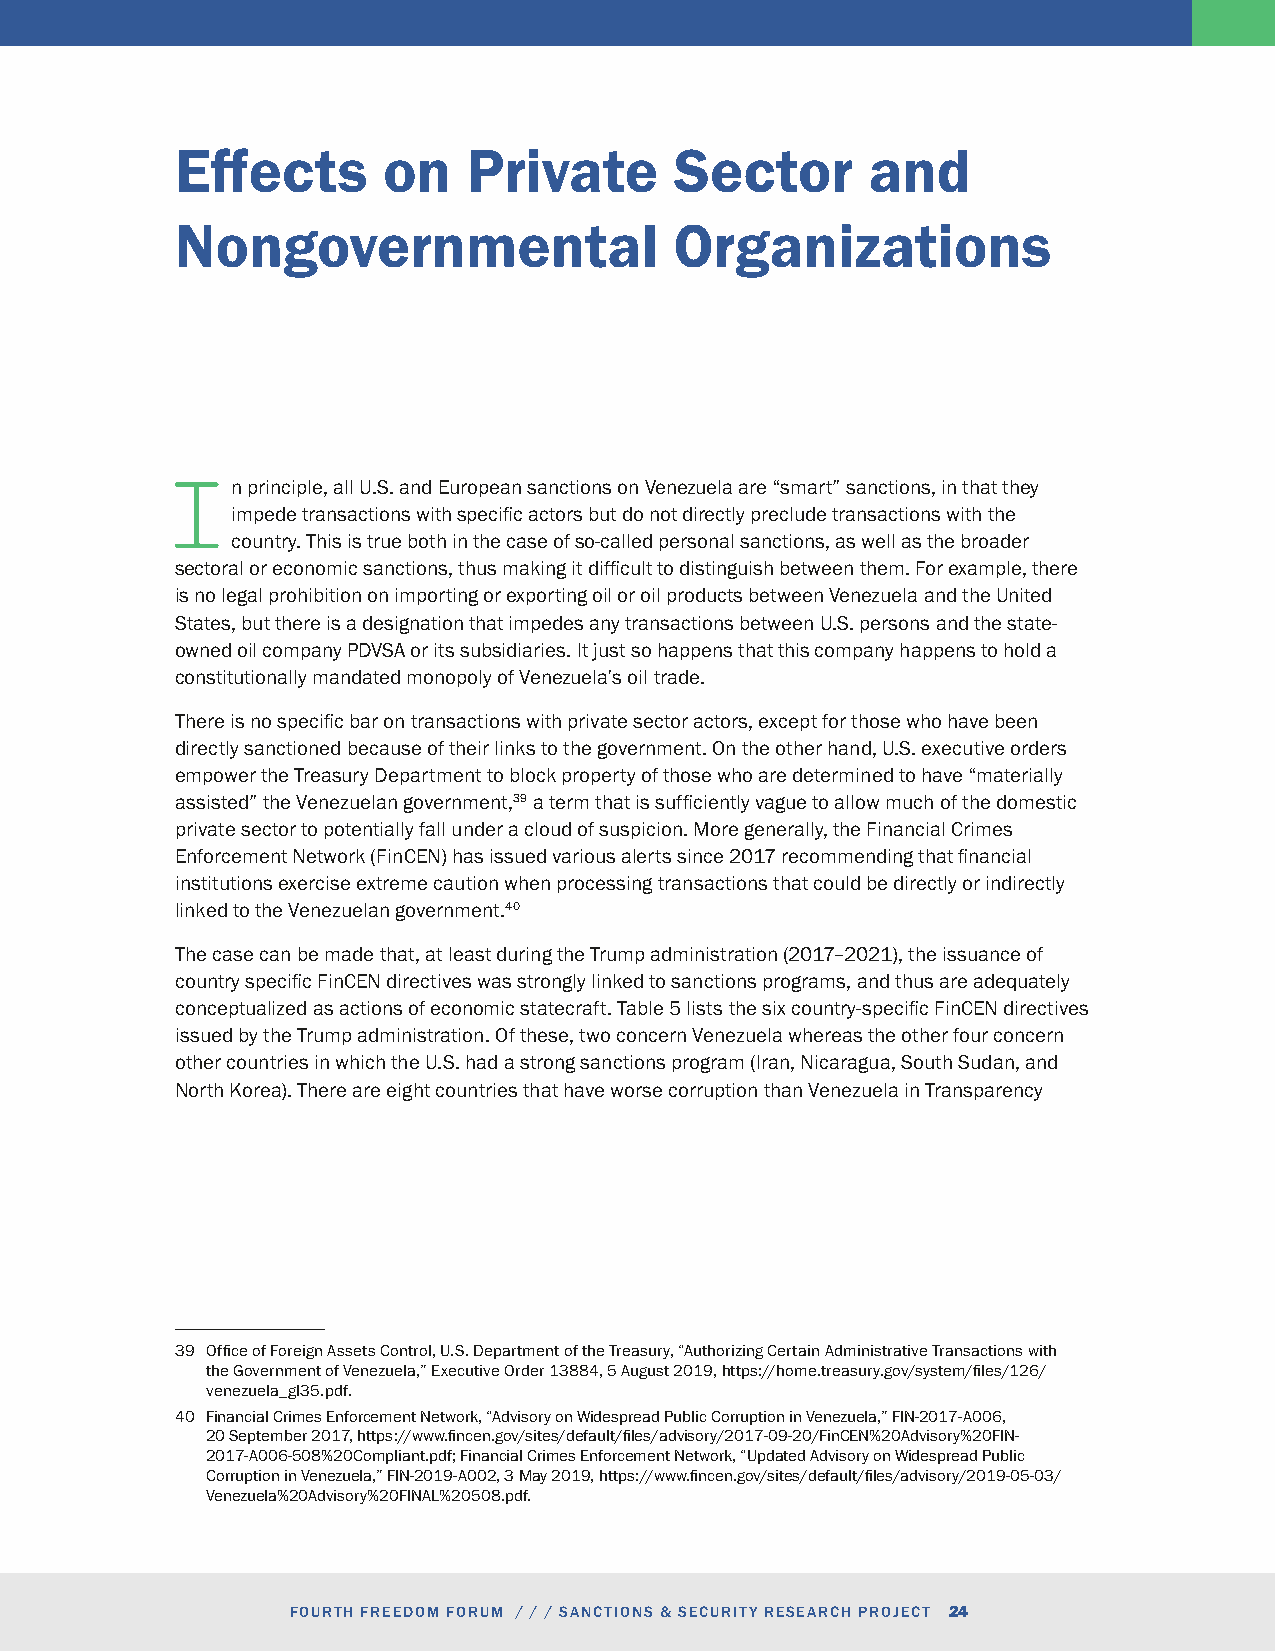
Effects      on    Private       Sector       and
 Nongovernmental                  Organizations
 n principle, all U.S. and European sanctions on Venezuela are “smart” sanctions, in that they
 Iimpede  transactions with specific actors but do not directly preclude transactions with the
 country. This is true both in the case of so-called personal sanctions, as well as the broader
 sectoral or economic sanctions, thus making it difficult to distinguish between them. For example, there
 is no legal prohibition on importing or exporting oil or oil products between Venezuela and the United
 States, but there is a designation that impedes any transactions between U.S. persons and the state-
 owned oil company PDVSA or its subsidiaries. It just so happens that this company happens to hold a
 constitutionally mandated monopoly of Venezuela’s oil trade.
 There is no specific bar on transactions with private sector actors, except for those who have been
 directly sanctioned because of their links to the government. On the other hand, U.S. executive orders
 empower the Treasury Department to block property of those who are determined to have “materially
 assisted” the Venezuelan government,39 a term that is sufficiently vague to allow much of the domestic
 private sector to potentially fall under a cloud of suspicion. More generally, the Financial Crimes
 Enforcement Network (FinCEN) has issued various alerts since 2017 recommending that financial
 institutions exercise extreme caution when processing transactions that could be directly or indirectly
 linked to the Venezuelan government.40
 The case can be made that, at least during the Trump administration (2017–2021), the issuance of
 country specific FinCEN directives was strongly linked to sanctions programs, and thus are adequately
 conceptualized as actions of economic statecraft. Table 5 lists the six country-specific FinCEN directives
 issued by the Trump administration. Of these, two concern Venezuela whereas the other four concern
 other countries in which the U.S. had a strong sanctions program (Iran, Nicaragua, South Sudan, and
 North Korea). There are eight countries that have worse corruption than Venezuela in Transparency
 39 Office of Foreign Assets Control, U.S. Department of the Treasury, “Authorizing Certain Administrative Transactions with
 the Government of Venezuela,” Executive Order 13884, 5 August 2019, https://home.treasury.gov/system/files/126/
 venezuela_gl35.pdf.
 40 Financial Crimes Enforcement Network, “Advisory on Widespread Public Corruption in Venezuela,” FIN-2017-A006,
 20 September 2017, https://www.fincen.gov/sites/default/files/advisory/2017-09-20/FinCEN%20Advisory%20FIN-
 2017-A006-508%20Compliant.pdf; Financial Crimes Enforcement Network, “Updated Advisory on Widespread Public
 Corruption in Venezuela,” FIN-2019-A002, 3 May 2019, https://www.fincen.gov/sites/default/files/advisory/2019-05-03/
 Venezuela%20Advisory%20FINAL%20508.pdf.
 FOURTH FREEDOM FORUM / / / SANCTIONS & SECURITY RESEARCH PROJECT 24